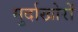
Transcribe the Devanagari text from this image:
मुर्दाखोरों